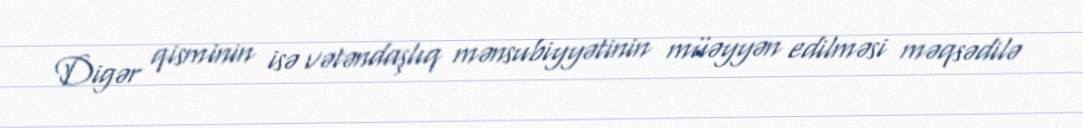
Digər qisminin isə vətəndaşlıq mənsubiyyətinin müəyyən edilməsi məqsədilə